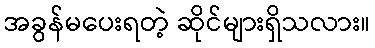
အခွန်မပေးရတဲ့ ဆိုင်များရှိသလား။